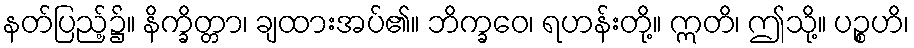
နတ်ပြည့်၌။ နိက္ခိတ္တာ၊ ချထားအပ်၏။ ဘိက္ခဝေ၊ ရဟန်းတို့။ ဣတိ၊ ဤသို့။ ပဉ္စဟိ၊